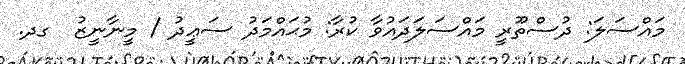
މައްސަލަ: ދުސްތޫރީ މައްސަލަދައުވާ ކުރާ: މުޙައްމަދު ސަޢީދު / މީނާނީޒު  ގދ.